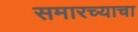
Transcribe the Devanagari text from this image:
समारच्याचा